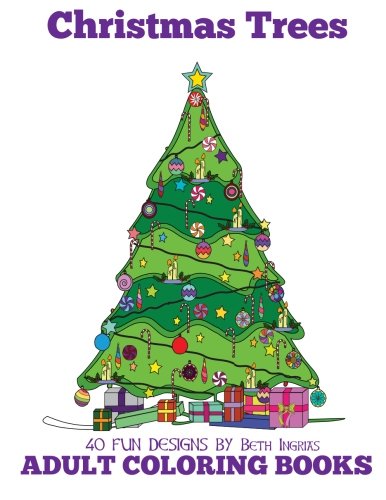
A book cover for Adult Coloring Books: Christmas Trees (Volume 13); Beth Ingrias; Crafts, Hobbies & Home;